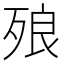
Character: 㱢